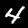
Digit: 4